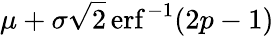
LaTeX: \mu+\sigma{\sqrt{2}}\operatorname{erf}^{-1}(2p-1)